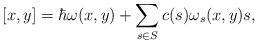
LaTeX: \begin{align*}[x,y]=\hbar \omega(x,y) + \sum_{s \in S} c(s) \omega_s(x,y) s,\end{align*}